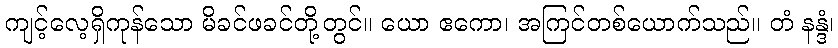
ကျင့်လေ့ရှိကုန်သော မိခင်ဖခင်တို့တွင်။ ယော ဧကော၊ အကြင်တစ်ယောက်သည်။ တံ နန္ဒံ၊